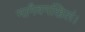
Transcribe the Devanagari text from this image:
नामैवमखिलं।